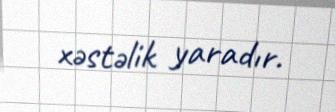
xəstəlik yaradır.